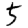
Digit: 5